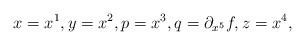
LaTeX: \begin{gather*}x = x^1, y = x^2, p = x^3, q = \partial_{x^5} f, z = x^4 ,\end{gather*}